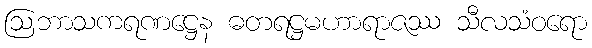
ဩဘာသကရဏဋ္ဌေန ဓတရဋ္ဌမဟာရာဇဿ သီလသံဝရော